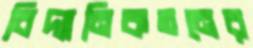
বিদ্যানিকতনের